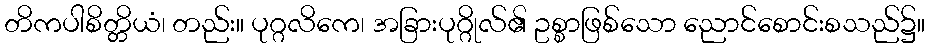
တိကပါစိတ္တိယံ၊ တည်း။ ပုဂ္ဂလိကေ၊ အခြားပုဂ္ဂိုလ်၏ ဥစ္စာဖြစ်သော ညောင်စောင်းစသည်၌။